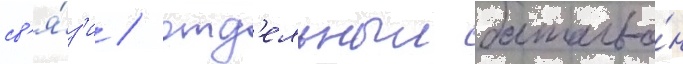
св'я́з'и / отд'ельныи батальо́н